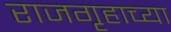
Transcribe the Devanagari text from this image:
राजगृहाच्या